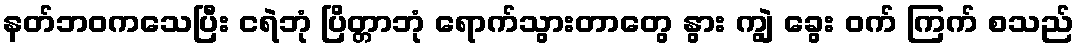
နတ်ဘဝကသေပြီး ငရဲဘုံ ပြိတ္တာဘုံ ရောက်သွားတာတွေ နွား ကျွဲ ခွေး ဝက် ကြက် စသည်